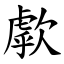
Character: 歑